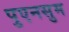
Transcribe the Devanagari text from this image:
पुएनसुम